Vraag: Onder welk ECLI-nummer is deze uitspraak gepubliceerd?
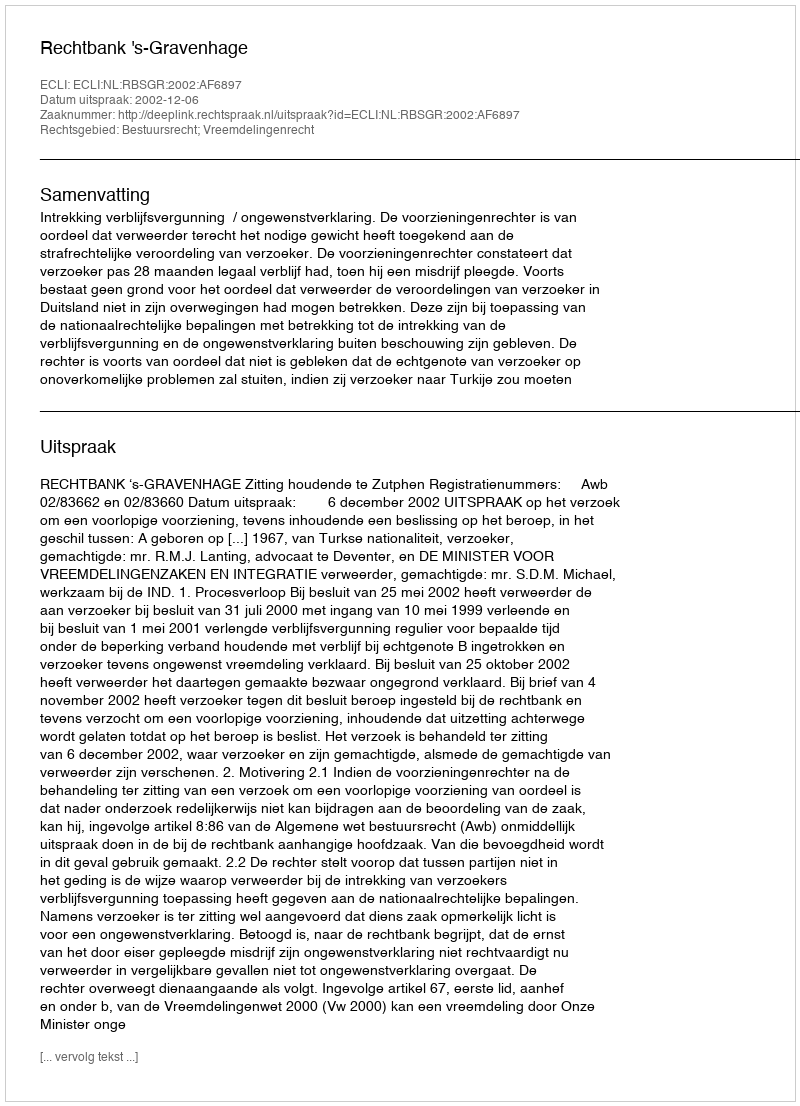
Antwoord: ECLI:NL:RBSGR:2002:AF6897